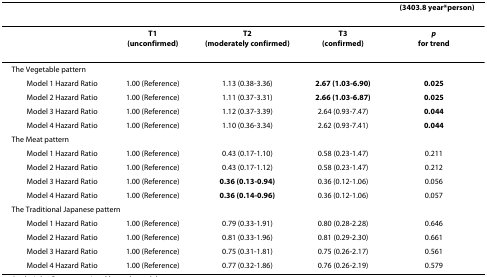
<table><thead><tr><td></td><td></td><td></td><td></td><td><b>(3403.8 year*person)</b></td></tr></thead><tbody><tr><td></td><td><b>T1</b><b>(unconfirmed)</b></td><td><b>T2</b><b>(moderately confirmed)</b></td><td><b>T3</b><b>(confirmed)</b></td><td><b><i>p</i></b><b>for trend</b></td></tr><tr><td colspan="5">The Vegetable pattern</td></tr><tr><td> Model 1 Hazard Ratio</td><td>1.00 (Reference)</td><td>1.13 (0.38-3.36)</td><td><b>2.67 (1.03-6.90)</b></td><td><b>0.025</b></td></tr><tr><td> Model 2 Hazard Ratio</td><td>1.00 (Reference)</td><td>1.11 (0.37-3.31)</td><td><b>2.66 (1.03-6.87)</b></td><td><b>0.025</b></td></tr><tr><td> Model 3 Hazard Ratio</td><td>1.00 (Reference)</td><td>1.12 (0.37-3.39)</td><td>2.64 (0.93-7.47)</td><td><b>0.044</b></td></tr><tr><td> Model 4 Hazard Ratio</td><td>1.00 (Reference)</td><td>1.10 (0.36-3.34)</td><td>2.62 (0.93-7.41)</td><td><b>0.044</b></td></tr><tr><td colspan="5">The Meat pattern</td></tr><tr><td> Model 1 Hazard Ratio</td><td>1.00 (Reference)</td><td>0.43 (0.17-1.10)</td><td>0.58 (0.23-1.47)</td><td>0.211</td></tr><tr><td> Model 2 Hazard Ratio</td><td>1.00 (Reference)</td><td>0.43 (0.17-1.12)</td><td>0.58 (0.23-1.47)</td><td>0.212</td></tr><tr><td> Model 3 Hazard Ratio</td><td>1.00 (Reference)</td><td><b>0.36 (0.13-0.94)</b></td><td>0.36 (0.12-1.06)</td><td>0.056</td></tr><tr><td> Model 4 Hazard Ratio</td><td>1.00 (Reference)</td><td><b>0.36 (0.14-0.96)</b></td><td>0.36 (0.12-1.06)</td><td>0.057</td></tr><tr><td colspan="5">The Traditional Japanese pattern</td></tr><tr><td> Model 1 Hazard Ratio</td><td>1.00 (Reference)</td><td>0.79 (0.33-1.91)</td><td>0.80 (0.28-2.28)</td><td>0.646</td></tr><tr><td> Model 2 Hazard Ratio</td><td>1.00 (Reference)</td><td>0.81 (0.33-1.96)</td><td>0.81 (0.29-2.30)</td><td>0.661</td></tr><tr><td> Model 3 Hazard Ratio</td><td>1.00 (Reference)</td><td>0.75 (0.31-1.81)</td><td>0.75 (0.26-2.17)</td><td>0.561</td></tr><tr><td> Model 4 Hazard Ratio</td><td>1.00 (Reference)</td><td>0.77 (0.32-1.86)</td><td>0.76 (0.26-2.19)</td><td>0.579</td></tr></tbody></table>